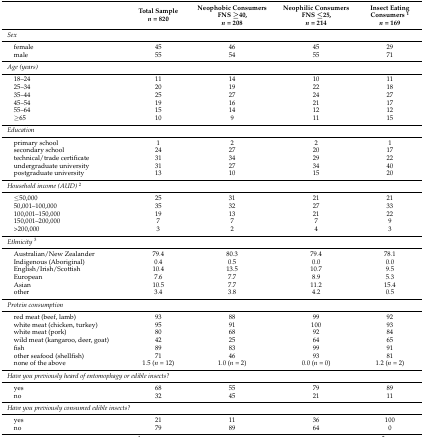
<table><thead><tr><td></td><td><b>Total Sample <i>n</i> = 820</b></td><td><b>Neophobic Consumers FNS ≥40, <i>n</i> = 208</b></td><td><b>Neophilic Consumers FNS ≤25, <i>n</i> = 214</b></td><td><b>Insect Eating Consumers <sup>1</sup><i>n</i> = 169</b></td></tr></thead><tbody><tr><td colspan="4"><i>Sex</i></td><td></td></tr><tr><td> female</td><td>45</td><td>46</td><td>45</td><td>29</td></tr><tr><td> male</td><td>55</td><td>54</td><td>55</td><td>71</td></tr><tr><td><i>Age (years)</i></td><td></td><td></td><td></td><td></td></tr><tr><td> 18–24</td><td>11</td><td>14</td><td>10</td><td>11</td></tr><tr><td> 25–34</td><td>20</td><td>19</td><td>22</td><td>18</td></tr><tr><td> 35–44</td><td>25</td><td>27</td><td>24</td><td>27</td></tr><tr><td> 45–54</td><td>19</td><td>16</td><td>21</td><td>17</td></tr><tr><td> 55–64</td><td>15</td><td>14</td><td>12</td><td>12</td></tr><tr><td> ≥65</td><td>10</td><td>9</td><td>11</td><td>15</td></tr><tr><td colspan="4"><i>Education</i></td><td></td></tr><tr><td> primary school</td><td>1</td><td>2</td><td>2</td><td>1</td></tr><tr><td> secondary school</td><td>24</td><td>27</td><td>20</td><td>17</td></tr><tr><td> technical/trade certificate </td><td>31</td><td>34</td><td>29</td><td>22</td></tr><tr><td> undergraduate university</td><td>31</td><td>27</td><td>34</td><td>40</td></tr><tr><td> postgraduate university</td><td>13</td><td>10</td><td>15</td><td>20</td></tr><tr><td><i>Household income (AUD)</i><sup>2</sup></td><td></td><td></td><td></td><td></td></tr><tr><td> ≤50,000</td><td>25</td><td>31</td><td>21</td><td>21</td></tr><tr><td> 50,001–100,000 </td><td>35</td><td>32</td><td>27</td><td>33</td></tr><tr><td> 100,001–150,000</td><td>19</td><td>13</td><td>21</td><td>22</td></tr><tr><td> 150,001–200,000</td><td>7</td><td>7</td><td>7</td><td>9</td></tr><tr><td> &gt;200,000</td><td>3</td><td>2</td><td>4</td><td>3</td></tr><tr><td colspan="4"><i>Ethnicity</i><sup>3</sup></td><td></td></tr><tr><td> Australian/New Zealander</td><td>79.4</td><td>80.3</td><td>79.4</td><td>78.1</td></tr><tr><td> Indigenous (Aboriginal)</td><td>0.4</td><td>0.5</td><td>0.0</td><td>0.0</td></tr><tr><td> English/Irish/Scottish</td><td>10.4</td><td>13.5</td><td>10.7</td><td>9.5</td></tr><tr><td> European</td><td>7.6</td><td>7.7</td><td>8.9</td><td>5.3</td></tr><tr><td> Asian</td><td>10.5</td><td>7.7</td><td>11.2</td><td>15.4</td></tr><tr><td> other</td><td>3.4</td><td>3.8</td><td>4.2</td><td>0.5</td></tr><tr><td colspan="4"><i>Protein consumption</i></td><td></td></tr><tr><td> red meat (beef, lamb)</td><td>93</td><td>88</td><td>99</td><td>92</td></tr><tr><td> white meat (chicken, turkey)</td><td>95</td><td>91</td><td>100</td><td>93</td></tr><tr><td> white meat (pork)</td><td>80</td><td>68</td><td>92</td><td>84</td></tr><tr><td> wild meat (kangaroo, deer, goat)</td><td>42</td><td>25</td><td>64</td><td>65</td></tr><tr><td> fish</td><td>89</td><td>83</td><td>99</td><td>91</td></tr><tr><td> other seafood (shellfish)</td><td>71</td><td>46</td><td>93</td><td>81</td></tr><tr><td> none of the above</td><td>1.5 (<i>n</i> = 12)</td><td>1.0 (<i>n</i> = 2)</td><td>0.0 (<i>n</i> = 0)</td><td>1.2 (<i>n</i> = 2)</td></tr><tr><td colspan="4"><i>Have you previously heard of entomophagy or edible insects?</i></td><td></td></tr><tr><td> yes</td><td>68</td><td>55</td><td>79</td><td>89</td></tr><tr><td> no</td><td>32</td><td>45</td><td>21</td><td>11</td></tr><tr><td colspan="4"><i>Have you previously consumed edible insects?</i></td><td></td></tr><tr><td> yes</td><td>21</td><td>11</td><td>36</td><td>100</td></tr><tr><td> no</td><td>79</td><td>89</td><td>64</td><td>0</td></tr></tbody></table>